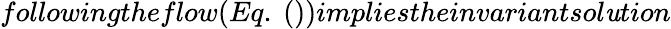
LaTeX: followingtheflow(Eq.~())impliestheinvariantsol\mathit{u}tion